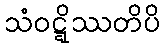
သံဝဋ္ဋိဿတိပိ